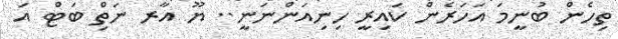
ތިހެން ބުނީމަ އަހަރެން ކައިރީ ހިނިއަންނަނީ.. ޔޫ އާރ ނަތިް ބަޓް އަ